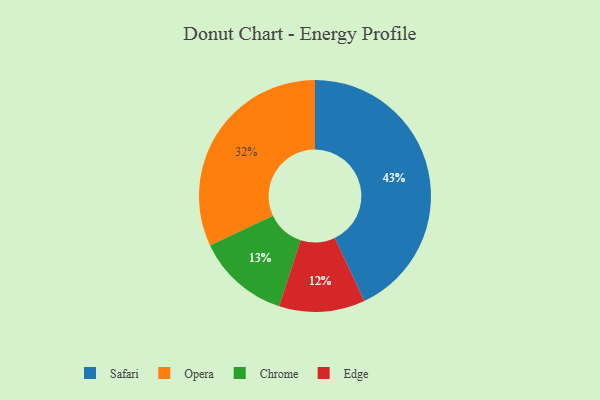
{"axis": {"x": "Category", "y": "Percentage"}, "legend": ["Chrome", "Edge", "Opera", "Safari"], "data": [{"x": "Safari", "y": 43, "type": "Safari"}, {"x": "Chrome", "y": 13, "type": "Chrome"}, {"x": "Edge", "y": 12, "type": "Edge"}, {"x": "Opera", "y": 32, "type": "Opera"}]}